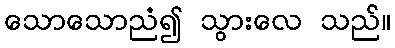
သောသောညံ၍ သွားလေ သည်။